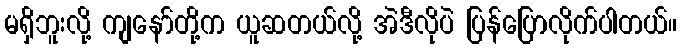
မရှိဘူးလို့ ကျနော်တို့က ယူဆတယ်လို့ အဲဒီလိုပဲ ပြန်ပြောလိုက်ပါတယ်။